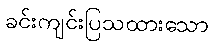
ခင်းကျင်းပြသထားသော